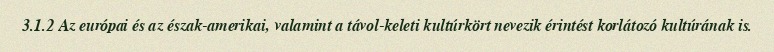
3.1.2 Az európai és az észak-amerikai, valamint a távol-keleti kultúrkört nevezik érintést korlátozó kultúrának is.